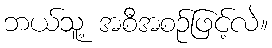
ဘယ်သူ့ အစီအစဉ်ဖြင့်လဲ။